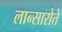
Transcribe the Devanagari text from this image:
लान्सारोते